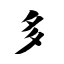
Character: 多